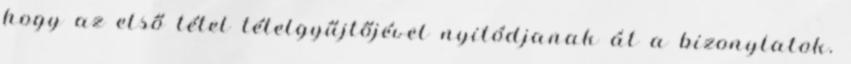
hogy az első tétel tételgyűjtőjével nyitódjanak át a bizonylatok.